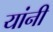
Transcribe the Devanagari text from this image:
यांनी